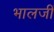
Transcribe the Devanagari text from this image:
भालजीं